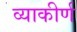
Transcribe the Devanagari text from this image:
व्याकीर्ण